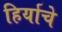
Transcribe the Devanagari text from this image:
हिर्याचे